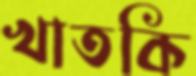
খাতকি